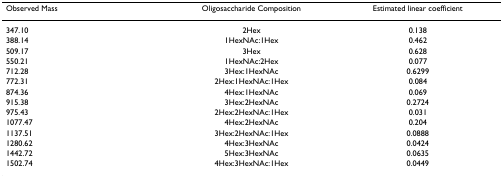
<table><thead><tr><td><b>Observed Mass</b></td><td><b>Oligosaccharide Composition</b></td><td><b>Estimated linear coefficient</b></td></tr></thead><tbody><tr><td>347.10</td><td>2Hex</td><td>0.138</td></tr><tr><td>388.14</td><td>1HexNAc:1Hex</td><td>0.462</td></tr><tr><td>509.17</td><td>3Hex</td><td>0.628</td></tr><tr><td>550.21</td><td>1HexNAc:2Hex</td><td>0.077</td></tr><tr><td>712.28</td><td>3Hex:1HexNAc</td><td>0.6299</td></tr><tr><td>772.31</td><td>2Hex:1HexNAc:1Hex</td><td>0.084</td></tr><tr><td>874.36</td><td>4Hex:1HexNAc</td><td>0.069</td></tr><tr><td>915.38</td><td>3Hex:2HexNAc</td><td>0.2724</td></tr><tr><td>975.43</td><td>2Hex:2HexNAc:1Hex</td><td>0.031</td></tr><tr><td>1077.47</td><td>4Hex:2HexNAc</td><td>0.204</td></tr><tr><td>1137.51</td><td>3Hex:2HexNAc:1Hex</td><td>0.0888</td></tr><tr><td>1280.62</td><td>4Hex:3HexNAc</td><td>0.0424</td></tr><tr><td>1442.72</td><td>5Hex:3HexNAc</td><td>0.0635</td></tr><tr><td>1502.74</td><td>4Hex:3HexNAc:1Hex</td><td>0.0449</td></tr></tbody></table>